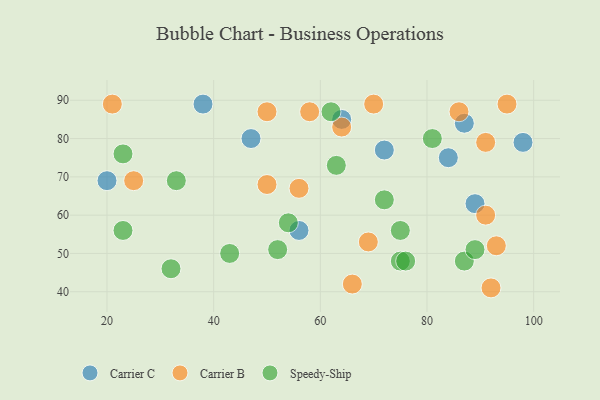
{"axis": {"x": "GDP", "y": "Life Expectancy"}, "legend": ["Carrier B", "Carrier C", "Speedy-Ship"], "data": [{"x": "56", "y": 56, "type": "Carrier C"}, {"x": "64", "y": 85, "type": "Carrier C"}, {"x": "89", "y": 63, "type": "Carrier C"}, {"x": "98", "y": 79, "type": "Carrier C"}, {"x": "72", "y": 77, "type": "Carrier C"}, {"x": "20", "y": 69, "type": "Carrier C"}, {"x": "84", "y": 75, "type": "Carrier C"}, {"x": "87", "y": 84, "type": "Carrier C"}, {"x": "38", "y": 89, "type": "Carrier C"}, {"x": "47", "y": 80, "type": "Carrier C"}, {"x": "69", "y": 53, "type": "Carrier B"}, {"x": "92", "y": 41, "type": "Carrier B"}, {"x": "95", "y": 89, "type": "Carrier B"}, {"x": "56", "y": 67, "type": "Carrier B"}, {"x": "21", "y": 89, "type": "Carrier B"}, {"x": "25", "y": 69, "type": "Carrier B"}, {"x": "93", "y": 52, "type": "Carrier B"}, {"x": "91", "y": 79, "type": "Carrier B"}, {"x": "50", "y": 87, "type": "Carrier B"}, {"x": "64", "y": 83, "type": "Carrier B"}, {"x": "86", "y": 87, "type": "Carrier B"}, {"x": "66", "y": 42, "type": "Carrier B"}, {"x": "50", "y": 68, "type": "Carrier B"}, {"x": "58", "y": 87, "type": "Carrier B"}, {"x": "91", "y": 60, "type": "Carrier B"}, {"x": "70", "y": 89, "type": "Carrier B"}, {"x": "23", "y": 56, "type": "Speedy-Ship"}, {"x": "75", "y": 48, "type": "Speedy-Ship"}, {"x": "63", "y": 73, "type": "Speedy-Ship"}, {"x": "32", "y": 46, "type": "Speedy-Ship"}, {"x": "23", "y": 76, "type": "Speedy-Ship"}, {"x": "43", "y": 50, "type": "Speedy-Ship"}, {"x": "87", "y": 48, "type": "Speedy-Ship"}, {"x": "62", "y": 87, "type": "Speedy-Ship"}, {"x": "52", "y": 51, "type": "Speedy-Ship"}, {"x": "89", "y": 51, "type": "Speedy-Ship"}, {"x": "81", "y": 80, "type": "Speedy-Ship"}, {"x": "33", "y": 69, "type": "Speedy-Ship"}, {"x": "54", "y": 58, "type": "Speedy-Ship"}, {"x": "76", "y": 48, "type": "Speedy-Ship"}, {"x": "75", "y": 56, "type": "Speedy-Ship"}, {"x": "72", "y": 64, "type": "Speedy-Ship"}]}